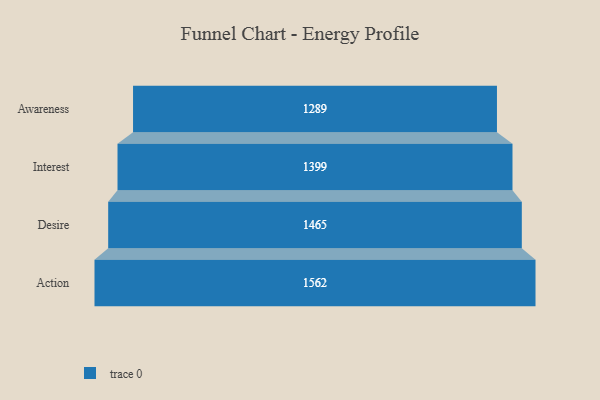
{"axis": {"x": "Stage", "y": "Value"}, "legend": [""], "data": [{"x": "Awareness", "y": 1289.0, "type": ""}, {"x": "Interest", "y": 1399.0, "type": ""}, {"x": "Desire", "y": 1465.0, "type": ""}, {"x": "Action", "y": 1562.0, "type": ""}]}